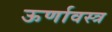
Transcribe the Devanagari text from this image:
ऊर्णावस्त्र